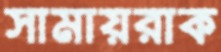
সামায়রাক